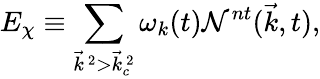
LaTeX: E_{\chi}\equiv\sum_{{\vec{k}}^{~2}>{\vec{k}}_{c}^{~2}}{\omega}_{k}(t){\cal N}^{nt}({\vec{k}},t),